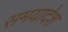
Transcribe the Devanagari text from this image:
समयादेश